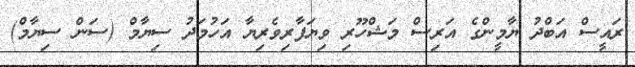
ރައީސް އަބްދު ޔާމީންގެ އަރިސް މަޝްހޫރި ވިޔަފާރިވެރިޔާ އަހުމަދު ސިޔާމް (ސަން ސިޔާމް)